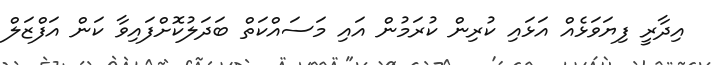
އިދާރީ ފިޔަވަޅެއް އަޅައި ކުރިން ކުރަމުން އައި މަސައްކަތް ބަދަލުކޮށްފައިވާ ކަން އަފްޒަލް